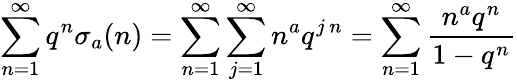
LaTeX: \sum_{n=1}^{\infty}q^{n}\sigma_{a}(n)=\sum_{n=1}^{\infty}\sum_{j=1}^{\infty}n^{a}q^{j\, n}=\sum_{n=1}^{\infty}{\frac{n^{a}q^{n}}{1-q^{n}}}